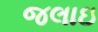
જલાઇ